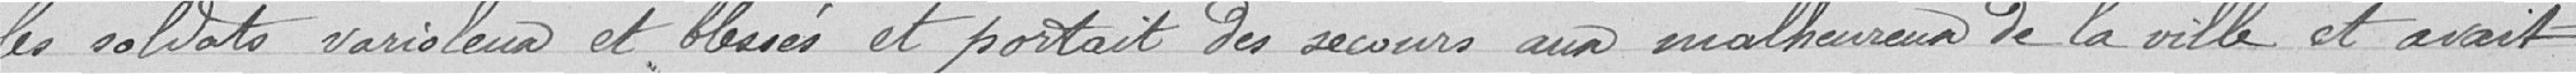
les soldats varioleux et blessés et portait des secours aux malheureux de la ville et avait